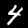
Label: 4